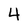
Character: 4